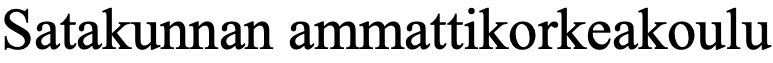
Satakunnan ammattikorkeakoulu